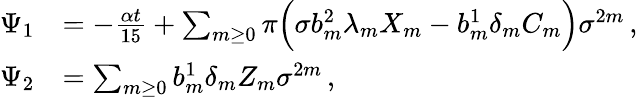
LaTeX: \begin{array}{rl}{\Psi_{1}}&{=-\frac{\alpha t}{15}+\sum_{m\ge 0}\pi\Big(\sigma b_{m}^{2}\lambda_{m}X_{m}-b_{m}^{1}\delta_{m}C_{m}\Big)\sigma^{2m}\, ,}\\ {\Psi_{2}}&{=\sum_{m\ge 0}b_{m}^{1}\delta_{m}Z_{m}\sigma^{2m}\, ,}\end{array}